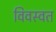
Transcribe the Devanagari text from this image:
विवस्वत